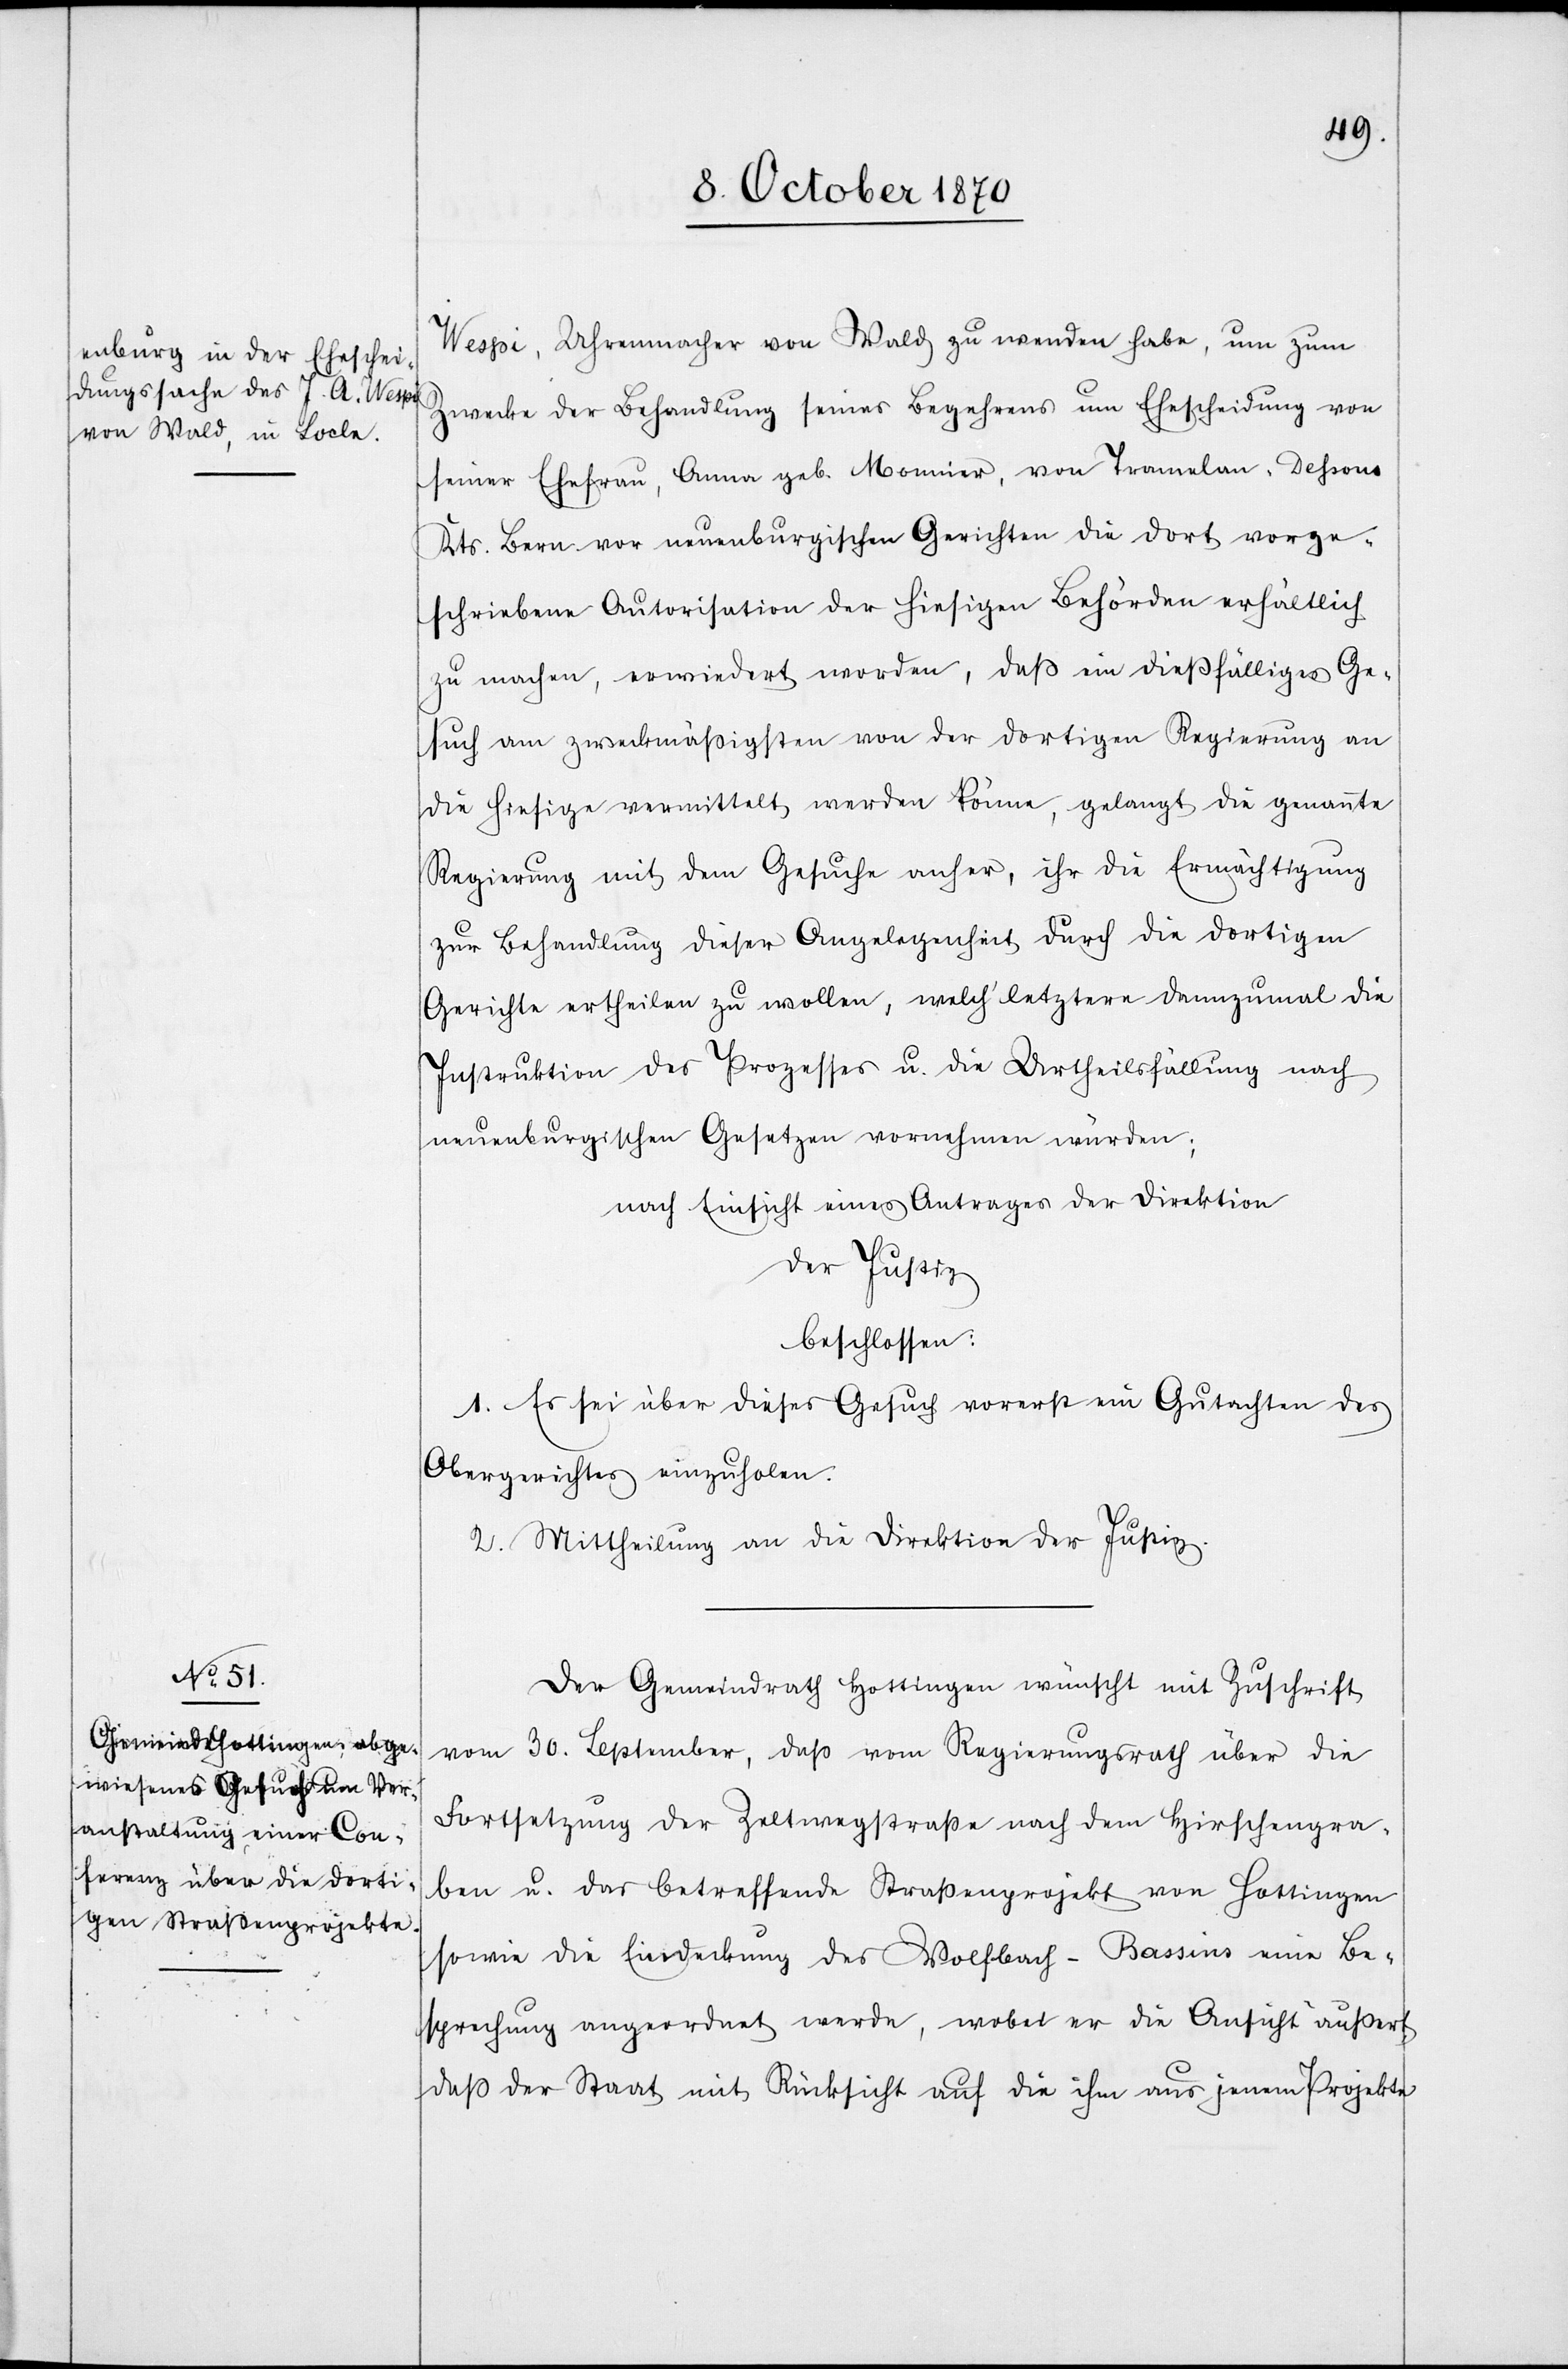
Wespi, Uhrenmacher von Wald zu wenden habe, um zum
Zwecke der Behandlung seines Begehrens um Ehescheidung von
seiner Ehefrau, Anna geb. Monnier, von Tramelan, Dessous
Kts. Bern vor neuenburgischen Gerichten die dort vorge¬
schriebene Autorisation der hiesigen Behörden erhältlich
zu machen, erwiedert worden, daß ein dießfälliges Ge¬
such am zweckmäßigsten von der dortigen Regierung an
die hiesige vermittelt werden könne, gelangt die genannte
Regierung mit dem Gesuche anher, ihr die Ermächtigung
zur Behandlung dieser Angelegenheit durch die dortigen
Gerichte ertheilen zu wollen, welch’ letztere dannzumal die
Instruktion des Prozesses u. die Urtheilsfällung nach
neuenburgischen Gesetzen vornehmen würden;
nach Einsicht eines Antrages der Direktion
der Justiz
beschlossen:
1. Es sei über dieses Gesuch vorerst ein Gutachten des
Obergerichtes einzuholen.
2. Mittheilung an die Direktion der Justiz.
Der Gemeindrath Hottingen wünscht mit Zuschrift
vom 30. September, daß vom Regierungsrath über die
Fortsetzung der Zeltwegstraße nach dem Hirschengra¬
ben u. das betreffende Straßenprojekt von Hottingen
sowie die Eindeckung des Wolfbach-Bassins eine Be¬
sprechung angeordnet werde, wobei es die Ansicht äußert,
daß der Staat mit Rücksicht auf die ihm aus jenem Projekte